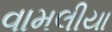
વામલીયા